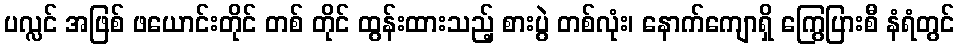
ပလ္လင် အဖြစ် ဖယောင်းတိုင် တစ် တိုင် ထွန်းထားသည့် စားပွဲ တစ်လုံး၊ နောက်ကျောရှိ ကြွေပြားစီ နံရံတွင်